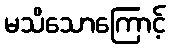
မသိသောကြောင့်